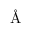
\textrm { \AA { } }